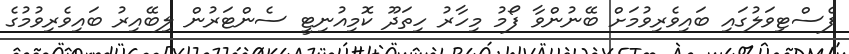
ފެސްޓިވަލުގައި ބައިވެރިވުމަށް ބޭނުންވާ ފޯމު މިހާރު ހިތަދޫ ކޮމިއުނިޓީ ސެންޓަރުން ލިބޭއިރު ބައިވެރިވުމުގެ